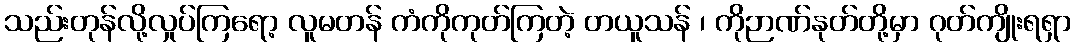
သည်းတုန်လို့လှုပ်ကြရော့ လူမတန် ကံကိုကုတ်ကြတဲ့ တယူသန် ၊ ကိုဉာဏ်နုတ်တို့မှာ ဂုတ်ကျိုးရရှာ